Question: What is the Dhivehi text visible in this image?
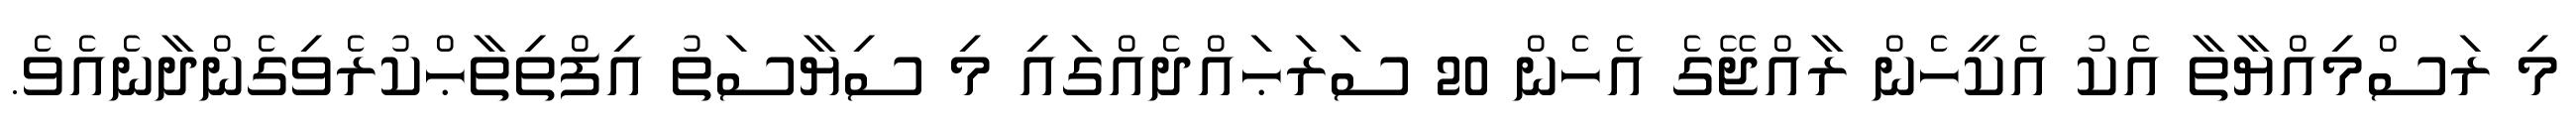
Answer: މި ރަސްމިއްޔާތާ އެކު އެކީހެން ރާއްޖޭގެ އެހެން 20 ސަރަޙައްދެއްގައި މި ސިޔާސަތު އިފްތިތާޙްކުރެވިގެންދާނެއެވެ.